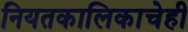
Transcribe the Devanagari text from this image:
नियतकालिकाचेही